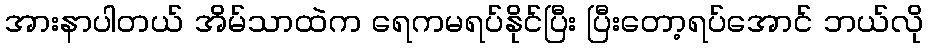
အားနာပါတယ် အိမ်သာထဲက ရေကမရပ်နိုင်ပြီး ပြီးတော့ရပ်အောင် ဘယ်လို